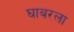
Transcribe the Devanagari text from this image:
घाबरला